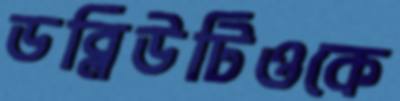
ডব্লিউটিওকে